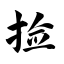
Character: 捡